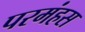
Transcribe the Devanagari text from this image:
परमंहस